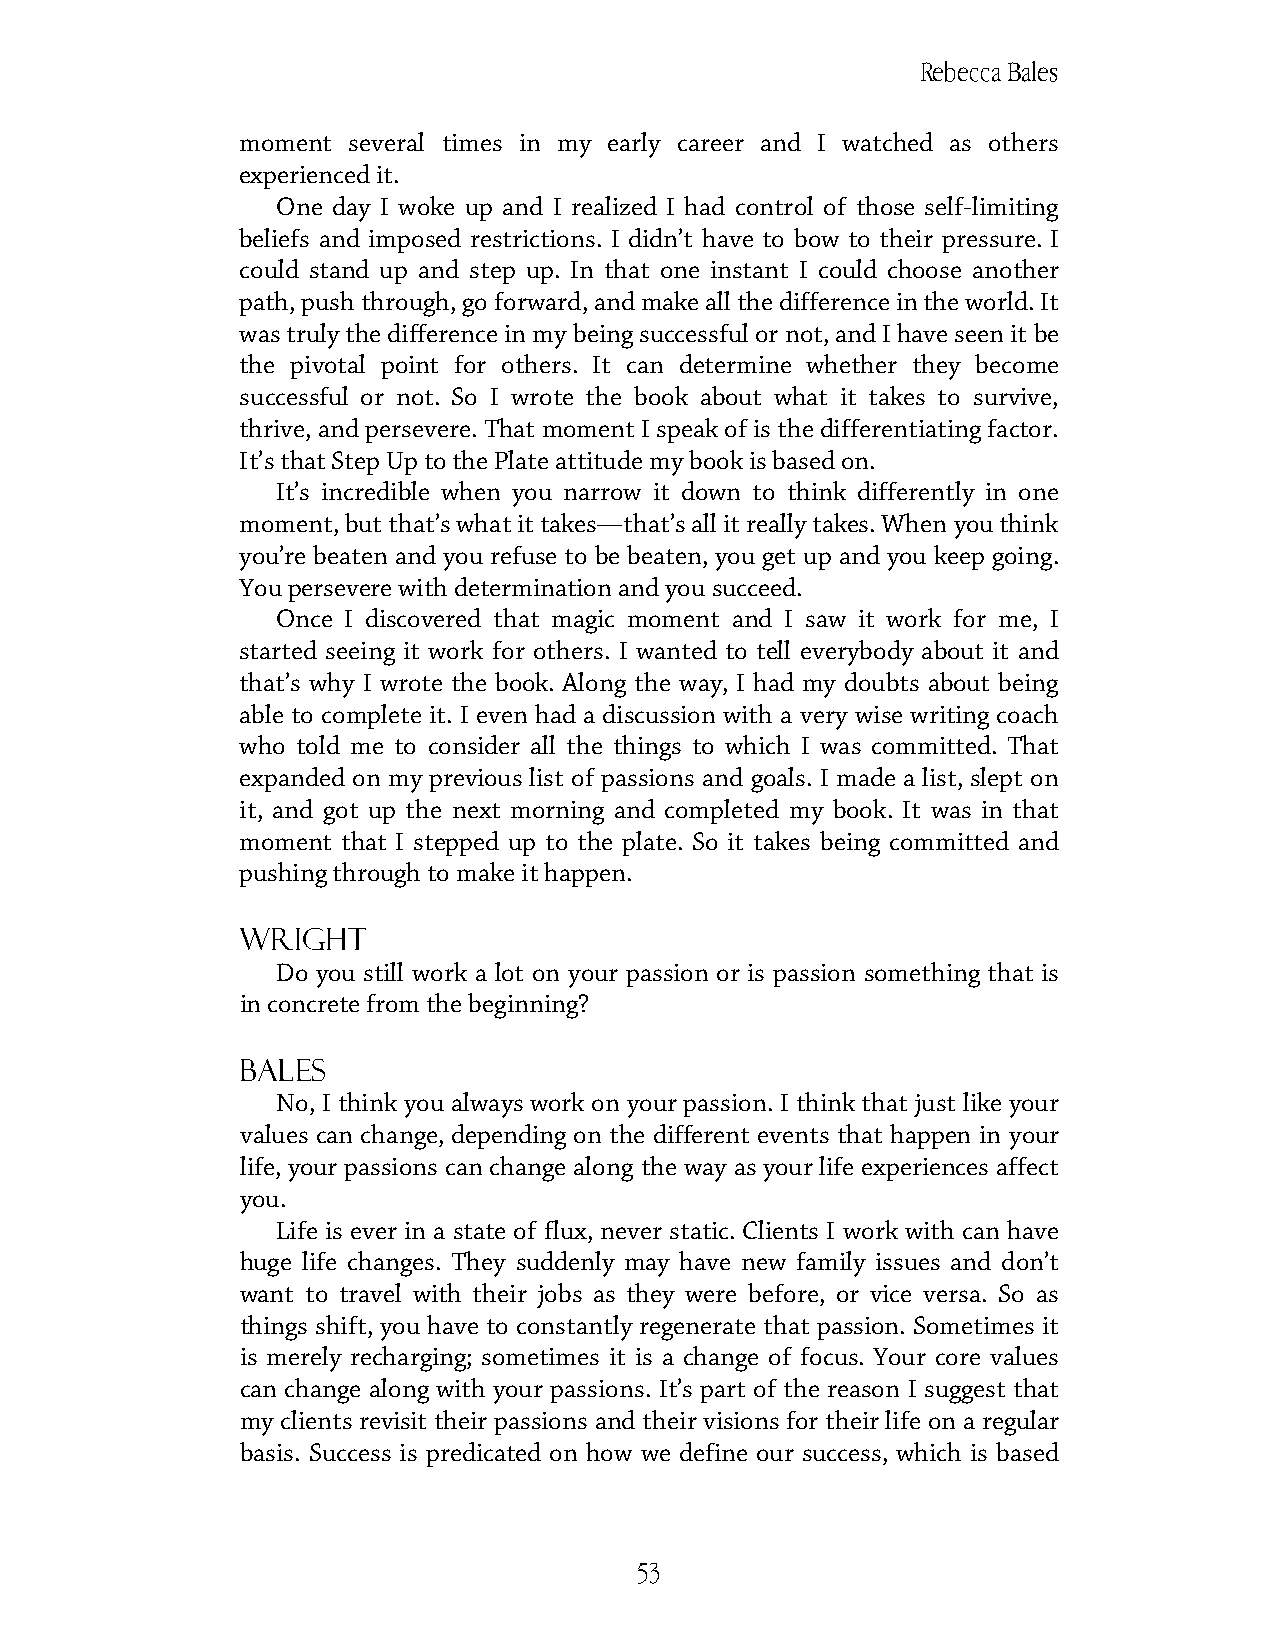
Rebecca Bales
 moment several times in my early career and I watched as others
 experienced it.
 One day I woke up and I realized I had control of those self-limiting
 beliefs and imposed restrictions. I didn’t have to bow to their pressure. I
 could stand up and step up. In that one instant I could choose another
 path, push through, go forward, and make all the difference in the world. It
 was truly the difference in my being successful or not, and I have seen it be
 the pivotal point for others. It can determine whether they become
 successful or not. So I wrote the book about what it takes to survive,
 thrive, and persevere. That moment I speak of is the differentiating factor.
 It’s that Step Up to the Plate attitude my book is based on.
 It’s incredible when you narrow it down to think differently in one
 moment, but that’s what it takes—that’s all it really takes. When you think
 you’re beaten and you refuse to be beaten, you get up and you keep going.
 You persevere with determination and you succeed.
 Once I discovered that magic moment and I saw it work for me, I
 started seeing it work for others. I wanted to tell everybody about it and
 that’s why I wrote the book. Along the way, I had my doubts about being
 able to complete it. I even had a discussion with a very wise writing coach
 who told me to consider all the things to which I was committed. That
 expanded on my previous list of passions and goals. I made a list, slept on
 it, and got up the next morning and completed my book. It was in that
 moment that I stepped up to the plate. So it takes being committed and
 pushing through to make it happen.
 Wright
 Do you still work a lot on your passion or is passion something that is
 in concrete from the beginning?
 Bales
 No, I think you always work on your passion. I think that just like your
 values can change, depending on the different events that happen in your
 life, your passions can change along the way as your life experiences affect
 you.
 Life is ever in a state of flux, never static. Clients I work with can have
 huge life changes. They suddenly may have new family issues and don’t
 want to travel with their jobs as they were before, or vice versa. So as
 things shift, you have to constantly regenerate that passion. Sometimes it
 is merely recharging; sometimes it is a change of focus. Your core values
 can change along with your passions. It’s part of the reason I suggest that
 my clients revisit their passions and their visions for their life on a regular
 basis. Success is predicated on how we define our success, which is based
 53